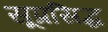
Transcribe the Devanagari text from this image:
सूप्रसिद्ध